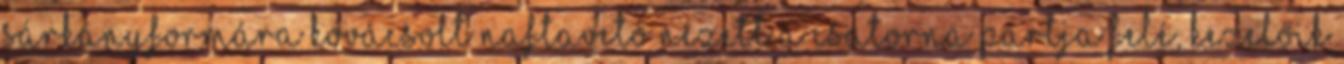
sárkányformára kovácsolt naftavető nézett a csatorna partja felé, kezelőik